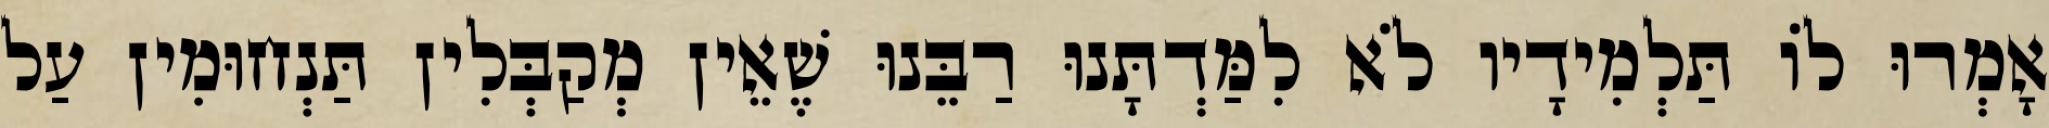
אָמְרוּ לוֹ תַּלְמִידָיו לֹא לִמַּדְתָּנוּ רַבֵּנוּ שֶׁאֵין מְקַבְּלִין תַּנְחוּמִין עַל